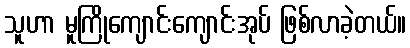
သူဟာ မူကြိုကျောင်းကျောင်းအုပ် ဖြစ်လာခဲ့တယ်။